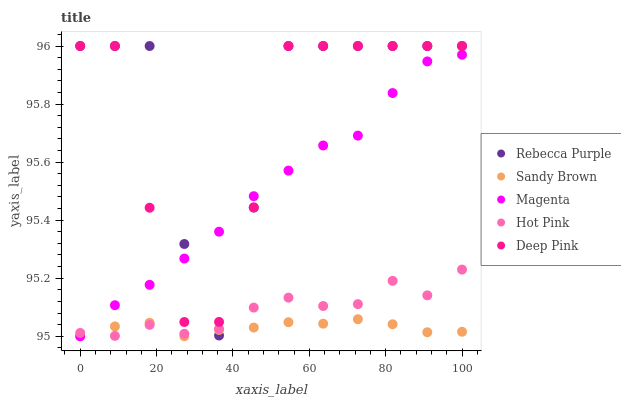
| xaxis_label | Rebecca Purple | Sandy Brown | Magenta | Hot Pink | Deep Pink |
 | --- | --- | --- | --- | --- | --- |
 | 0 | 96 | 95 | 95 | 95 | 96 |
 | 9.09 | 96 | 95 | 95.1 | 95 | 96 |
 | 18.2 | 96 | 95 | 95.2 | 95 | 95.4 |
 | 27.3 | 95.3 | 95 | 95.3 | 95 | 95 |
 | 36.4 | 95 | 95 | 95.4 | 95 | 95 |
 | 45.5 | 95.4 | 95 | 95.5 | 95.1 | 95.4 |
 | 54.5 | 96 | 95 | 95.6 | 95.1 | 96 |
 | 63.6 | 96 | 95 | 95.7 | 95.1 | 96 |
 | 72.7 | 96 | 95.1 | 95.7 | 95.1 | 96 |
 | 81.8 | 96 | 95 | 95.8 | 95.2 | 96 |
 | 90.9 | 96 | 95 | 95.9 | 95.1 | 96 |
 | 100 | 96 | 95 | 96 | 95.2 | 96 |